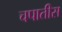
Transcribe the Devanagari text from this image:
चपातीस